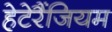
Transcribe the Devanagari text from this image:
हेटेरैंजियम